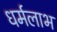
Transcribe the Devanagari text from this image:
धर्मलाभ